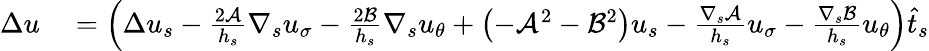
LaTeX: \begin{array}{rl}{\Delta u}&{{}=\left(\Delta u_{s}-\frac{2\mathcal{A}}{h_{s}}\nabla_{s}u_{\sigma}-\frac{2\mathcal{B}}{h_{s}}\nabla_{s}u_{\theta}+\left(-\mathcal{A}^{2}-\mathcal{B}^{2}\right)u_{s}-\frac{\nabla_{s}\mathcal{A}}{h_{s}}u_{\sigma}-\frac{\nabla_{s}\mathcal{B}}{h_{s}}u_{\theta}\right)\widehat{t}_{s}}\end{array}